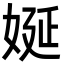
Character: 娫